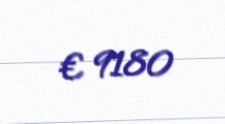
€ 9180